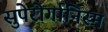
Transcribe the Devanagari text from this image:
सुपेरोर्गानिस्म